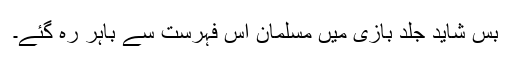
بس شاید جلد بازی میں مسلمان اس فہرست سے باہر رہ گئے۔